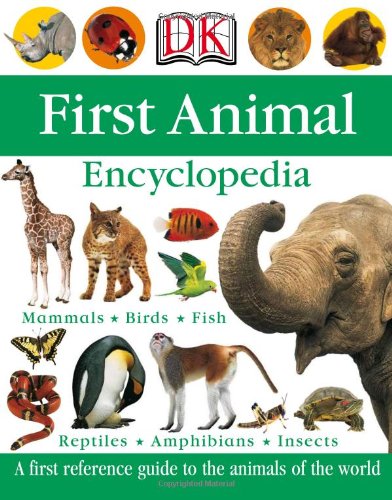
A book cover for First Animal Encyclopedia (Dk First Reference Series); DK Publishing; Reference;